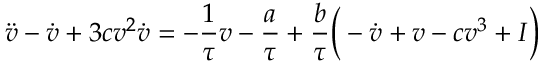
\ddot { v } - \dot { v } + 3 c v ^ { 2 } \dot { v } = - \frac { 1 } { \tau } v - \frac { a } { \tau } + \frac { b } { \tau } \Big ( - \dot { v } + v - c v ^ { 3 } + I \Big )